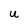
Character: U